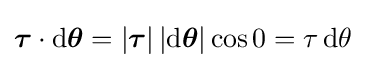
{\boldsymbol {\tau }}\cdot \mathrm {d} {\boldsymbol {\theta }}=\left|{\boldsymbol {\tau }}\right|\left|\mathrm {d} {\boldsymbol {\theta }}\right|\cos 0=\tau \,\mathrm {d} \theta